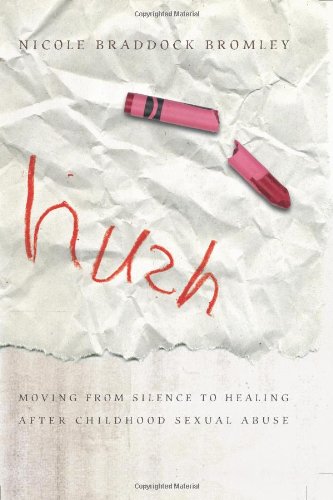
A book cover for Hush: Moving From Silence to Healing After Childhood Sexual Abuse; Nicole Braddock Bromley; Self-Help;